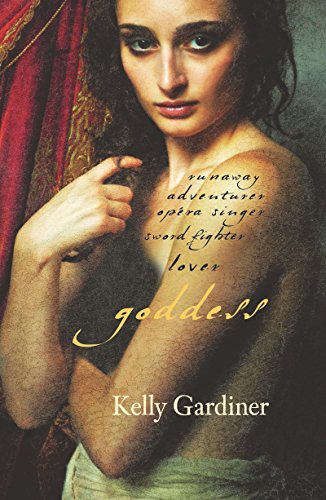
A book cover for Goddess; Kelly Gardiner; Literature & Fiction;